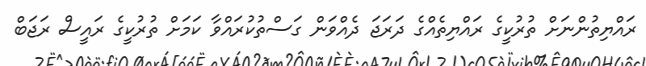
ރައްޔިތުންނަށް ތުރުކީގެ ރައްޔިތެއްގެ ދަރަޖަ ދެއްވަން ގަސްތުކުރައްވާ ކަމަށް ތުރުކީގެ ރައީސް ރަޖަބް